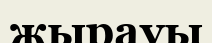
жырауы